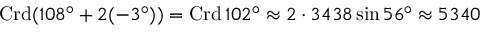
\operatorname { C r d } ( 1 0 8 ^ { \circ } + 2 ( - 3 ^ { \circ } ) ) = \operatorname { C r d } 1 0 2 ^ { \circ } \approx 2 \cdot 3 4 3 8 \sin 5 6 ^ { \circ } \approx 5 3 4 0